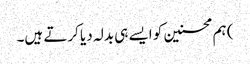
) ہم محسنین کو ایسے ہی بدلہ دیا کرتے ہیں۔